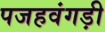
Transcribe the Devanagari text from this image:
पजहवंगड़ी